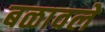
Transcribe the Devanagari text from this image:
बळावले